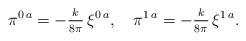
LaTeX: \begin{align*}\pi^{0\,a}=-{_k\over^{8\pi}}\,\xi^{0\,a} ,\quad\pi^{1\,a}=-{_k\over^{8\pi}}\,\xi^{1\,a}.\end{align*}